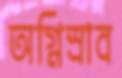
অগ্নিস্রাব